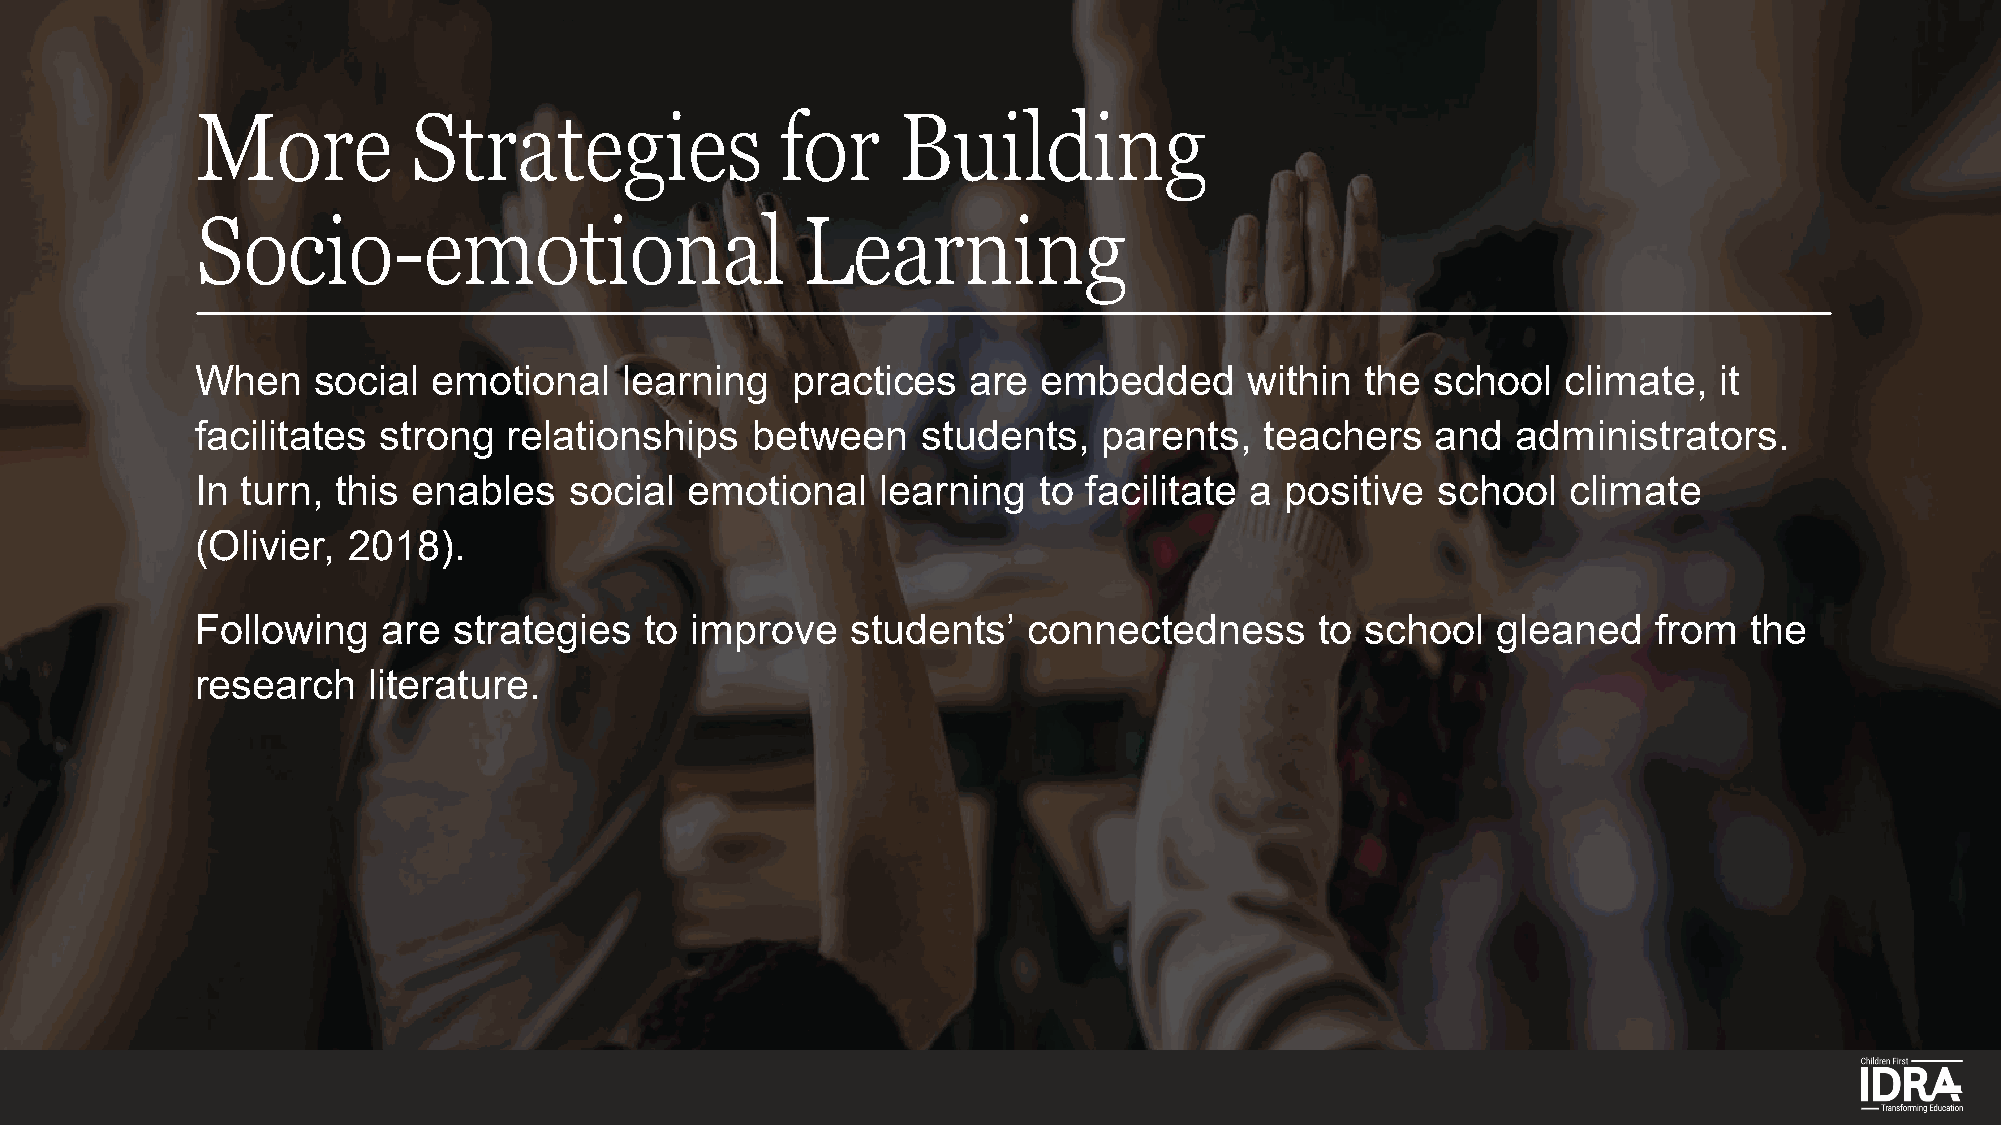
More          Strategies               for    Building
 Socio-emotional                         Learning
 When    social  emotional   learning   practices   are  embedded      within the  school   climate,  it
 facilitates strong   relationships   between    students,   parents,   teachers   and  administrators.
 In turn, this enables    social  emotional   learning   to facilitate a positive  school   climate
 (Olivier, 2018).
 Following   are  strategies   to improve   students’   connectedness      to school   gleaned    from  the
 research   literature.